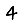
Digit: 4